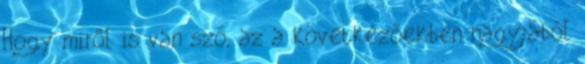
Hogy miről is van szó, az a következőekben nagyjából